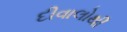
દીવાલોથી